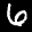
Label: 6